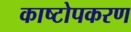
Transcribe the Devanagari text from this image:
काष्टोपकरण